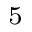
_ 5